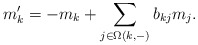
\begin{align*} m_k' = -m_k + \sum_{j\in \Omega(k,-)} b_{kj} m_j.\end{align*}